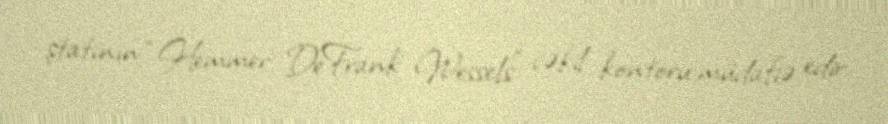
ştatının “Hemmer DeFrank Wessels” vəkil kontoru müdafiə edir.